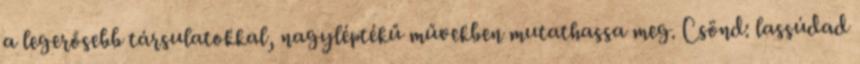
a legerősebb társulatokkal, nagyléptékű művekben mutathassa meg. Csönd: lassúdad